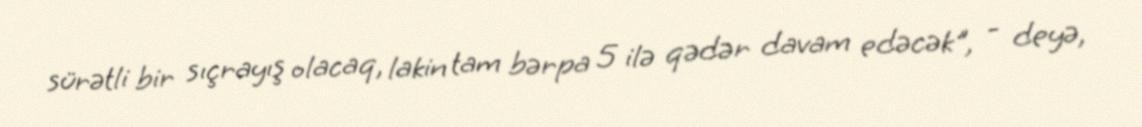
sürətli bir sıçrayış olacaq, lakin tam bərpa 5 ilə qədər davam edəcək", - deyə,